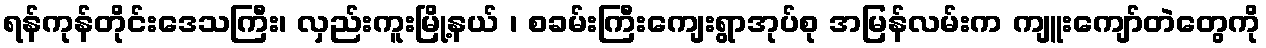
ရန်ကုန်တိုင်းဒေသကြီး၊ လှည်းကူးမြို့နယ် ၊ စခမ်းကြီးကျေးရွာအုပ်စု အမြန်လမ်းက ကျူးကျော်တဲတွေကို